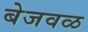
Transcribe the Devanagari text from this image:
बेजवळ